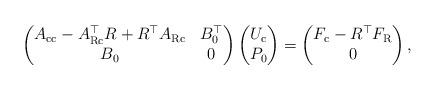
LaTeX: \begin{align*} \begin{pmatrix} A_{\mathrm{c}\mathrm{c}} - A_{\mathrm{R}\mathrm{c}}^{\top} R + R^{\top} A_{\mathrm{R}\mathrm{c}} & B_0^{\top} \\ B_0 & 0 \\ \end{pmatrix} \begin{pmatrix} U_\mathrm{c}\\ P_0 \end{pmatrix} = \begin{pmatrix} F_\mathrm{c} - R^\top F_\mathrm{R}\\ 0 \end{pmatrix},\end{align*}